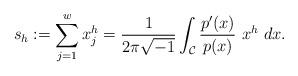
LaTeX: \begin{align*}s_h:=\sum_{j=1}^wx_j^{h}=\frac{1}{2\pi \sqrt{-1}}\int_{\mathcal C}\frac{p'(x)}{p(x)}~x^h ~dx.\end{align*}